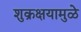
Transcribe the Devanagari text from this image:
शुक्रक्षयामुळे